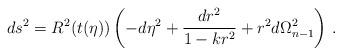
LaTeX: \begin{align*}ds^2 = R^2(t(\eta)) \left(-d\eta^2+{dr^2\over 1-kr^2}+r^2d\Omega^2_{n-1}\right) \,.\end{align*}